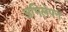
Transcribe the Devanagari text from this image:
अभिलेपन